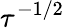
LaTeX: \tau^{-1/2}